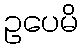
ဥပေမိ